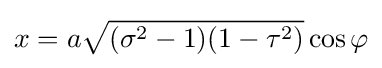
x=a{\sqrt {(\sigma ^{2}-1)(1-\tau ^{2})}}\cos \varphi